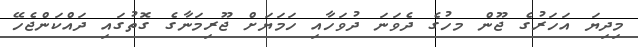
މިދިޔަ އަހަރުގެ ޖޫން މހުގެ ދެވަނަ ދުވަހާއި ހަމަޔަށް ޖޫރިމަނާގެ ގޮތުގައި ދައްކަންޖެހޭ